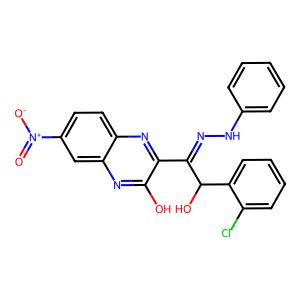
SMILES: O=[N+]([O-])c1ccc2nc(C(=NNc3ccccc3)C(O)c3ccccc3Cl)c(O)nc2c1
Inhibits HIV replication: No